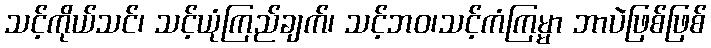
သင့်ကိုယ်သင်၊ သင့်ယုံကြည်ချက်၊ သင့်ဘဝ၊သင့်ကံကြမ္မာ ဘာပဲဖြစ်ဖြစ်